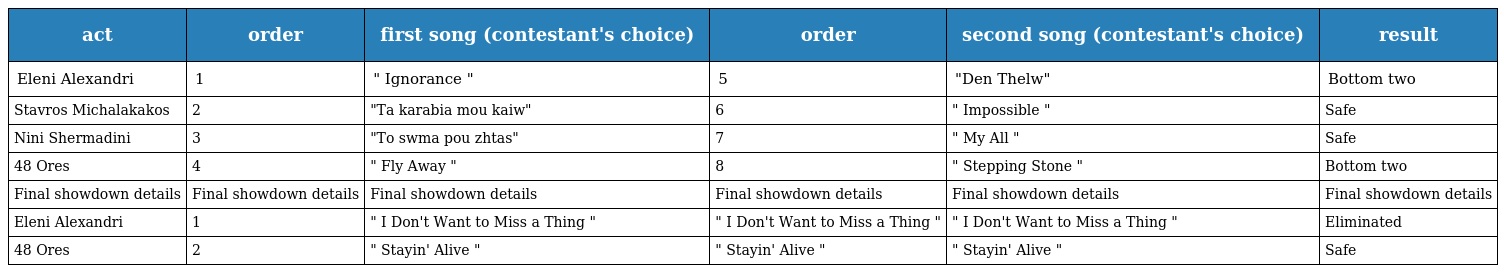
| act | order | first song (contestant's choice) | order | second song (contestant's choice) | result |
 | --- | --- | --- | --- | --- | --- |
 | Eleni Alexandri | 1 | " Ignorance " | 5 | "Den Thelw" | Bottom two |
 | Stavros Michalakakos | 2 | "Ta karabia mou kaiw" | 6 | " Impossible " | Safe |
 | Nini Shermadini | 3 | "To swma pou zhtas" | 7 | " My All " | Safe |
 | 48 Ores | 4 | " Fly Away " | 8 | " Stepping Stone " | Bottom two |
 | Final showdown details | Final showdown details | Final showdown details | Final showdown details | Final showdown details | Final showdown details |
 | Eleni Alexandri | 1 | " I Don't Want to Miss a Thing " | " I Don't Want to Miss a Thing " | " I Don't Want to Miss a Thing " | Eliminated |
 | 48 Ores | 2 | " Stayin' Alive " | " Stayin' Alive " | " Stayin' Alive " | Safe |